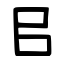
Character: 㠯